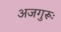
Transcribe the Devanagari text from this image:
अजगुरूः